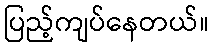
ပြည့်ကျပ်နေတယ်။